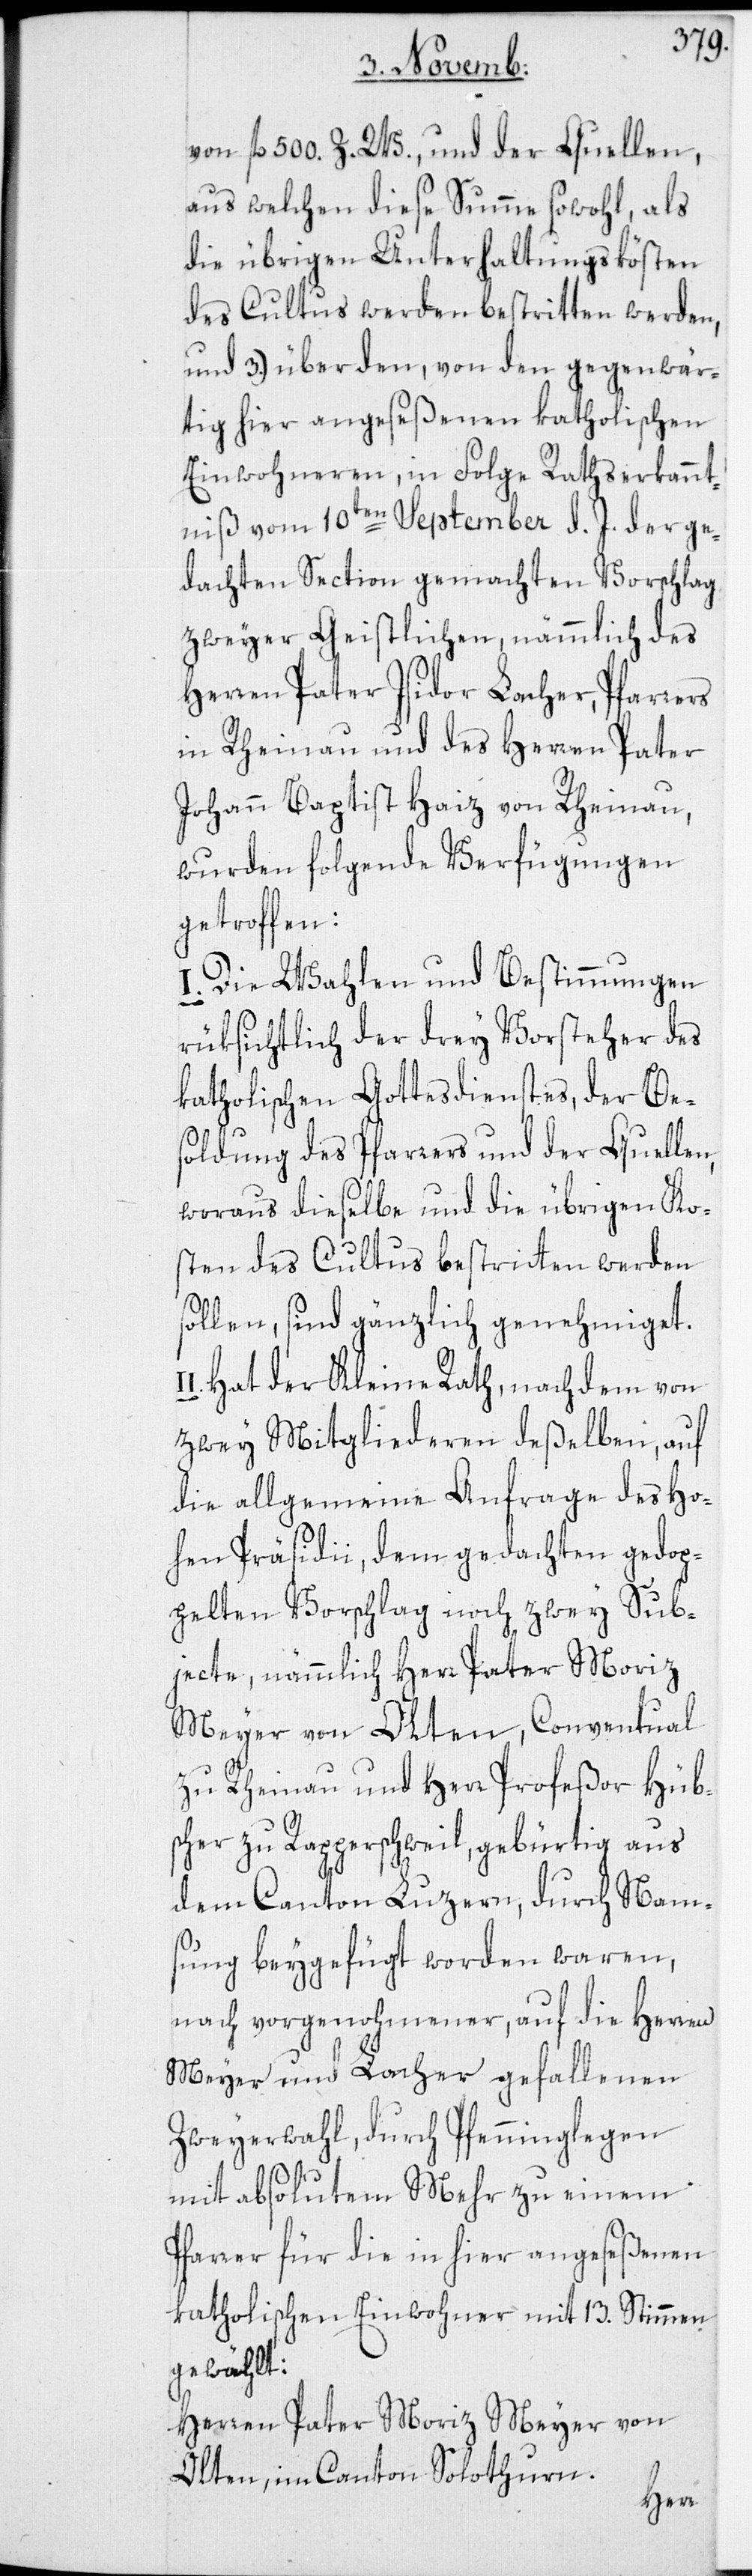
von fl. 500. Z. W., und der Quellen,
aus welchen diese Summe sowohl, als
die übrigen Unterhaltungskösten
des Cultus werden bestritten werden,
und 3.) über den, von den gegenwär¬
tig hier angeseßenen katholischen
Einwohneren, in Folge Rathserkannt¬
niß vom 10ten September d. J. der ge¬
dachten Section gemachten Vorschlag
zweyer Geistlichen, nämmlich des
Herren Pater Isidor Lacher, Pfarrers
in Rheinau und des Herren Pater
Johann Baptist Haiz von Rheinau,
wurden folgende Verfügungen
getroffen:
I. Die Wahlen und Bestimmungen
rüksichtlich der drey Vorsteher des
katholischen Gottesdienstes, der Be¬
soldung des Pfarrers und der Quellen,
woraus dieselbe und die übrigen Ko¬
sten des Cultus bestritten werden
sollen, sind gänzlich genehmiget.
I. Hat der Kleine Rath, nach dem von
zwey Mitgliederen deßelben, auf
die allgemeine Anfrage des Ho¬
hen Präsidii, dem gedachten gedop¬
pelten Vorschlag noch zwey Sub¬
jecte, nämmlich Herr Pater Moriz
Meyer von Olten, Conventual
zu Rheinau und Herr Profeßor Hüb¬
scher zu Rapperschweil, gebürtig aus
dem Canton Luzern, durch Nam¬
sung beygefügt worden waren,
nach vorgenohmener, auf die Herren
Meyer und Lacher gefallenen
Zweyerwahl, durch Pfenninglegen
I¬
mit absolutem Mehr zu einem
Pfarrer für die in hier angeseßenen
katholischen Einwohner mit 13. Stimmen
gewählt:
Herren Pater Moriz Meyer von
Olten, im Canton Solothurn.